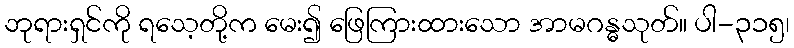
ဘုရားရှင်ကို ရသေ့တို့က မေး၍ ဖြေကြားထားသော အာမဂန္ဓသုတ်။ ပါ-၃၁၅၊